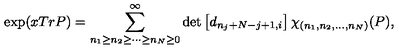
\exp ( x T r P ) = \sum _ { n _ { 1 } \geq n _ { 2 } \geq \cdots \geq n _ { N } \geq 0 } ^ { \infty } \det \left[ d _ { n _ { j } + N - j + 1 , i } \right] \chi _ { ( n _ { 1 } , n _ { 2 } , \ldots , n _ { N } ) } ( P ) ,